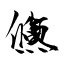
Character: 鯈